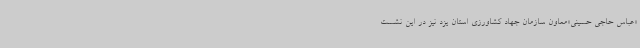
«عباس حاجی حسینی»معاون سازمان جهاد کشاورزی استان یزد نیز در این نشست